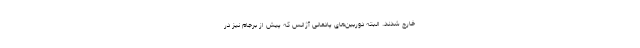
خارج شدند. البته دوربین‌های پادمانی آژانس که پیش از برجام نیز در